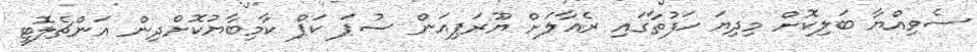
ސެވިއްޔާ ބަލިކޮށް މިދިޔަ ހަފުތާގައި ރެއާލަށް ޔޫރަޕިއަން ސުޕަ ކަޕް ކާމިބާޔުކޮށްދިން އަންޗެލޮޓީ